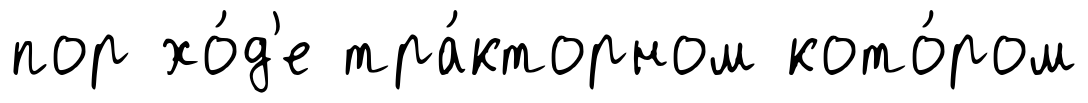
пор хо́д'е тра́кторном кото́ром